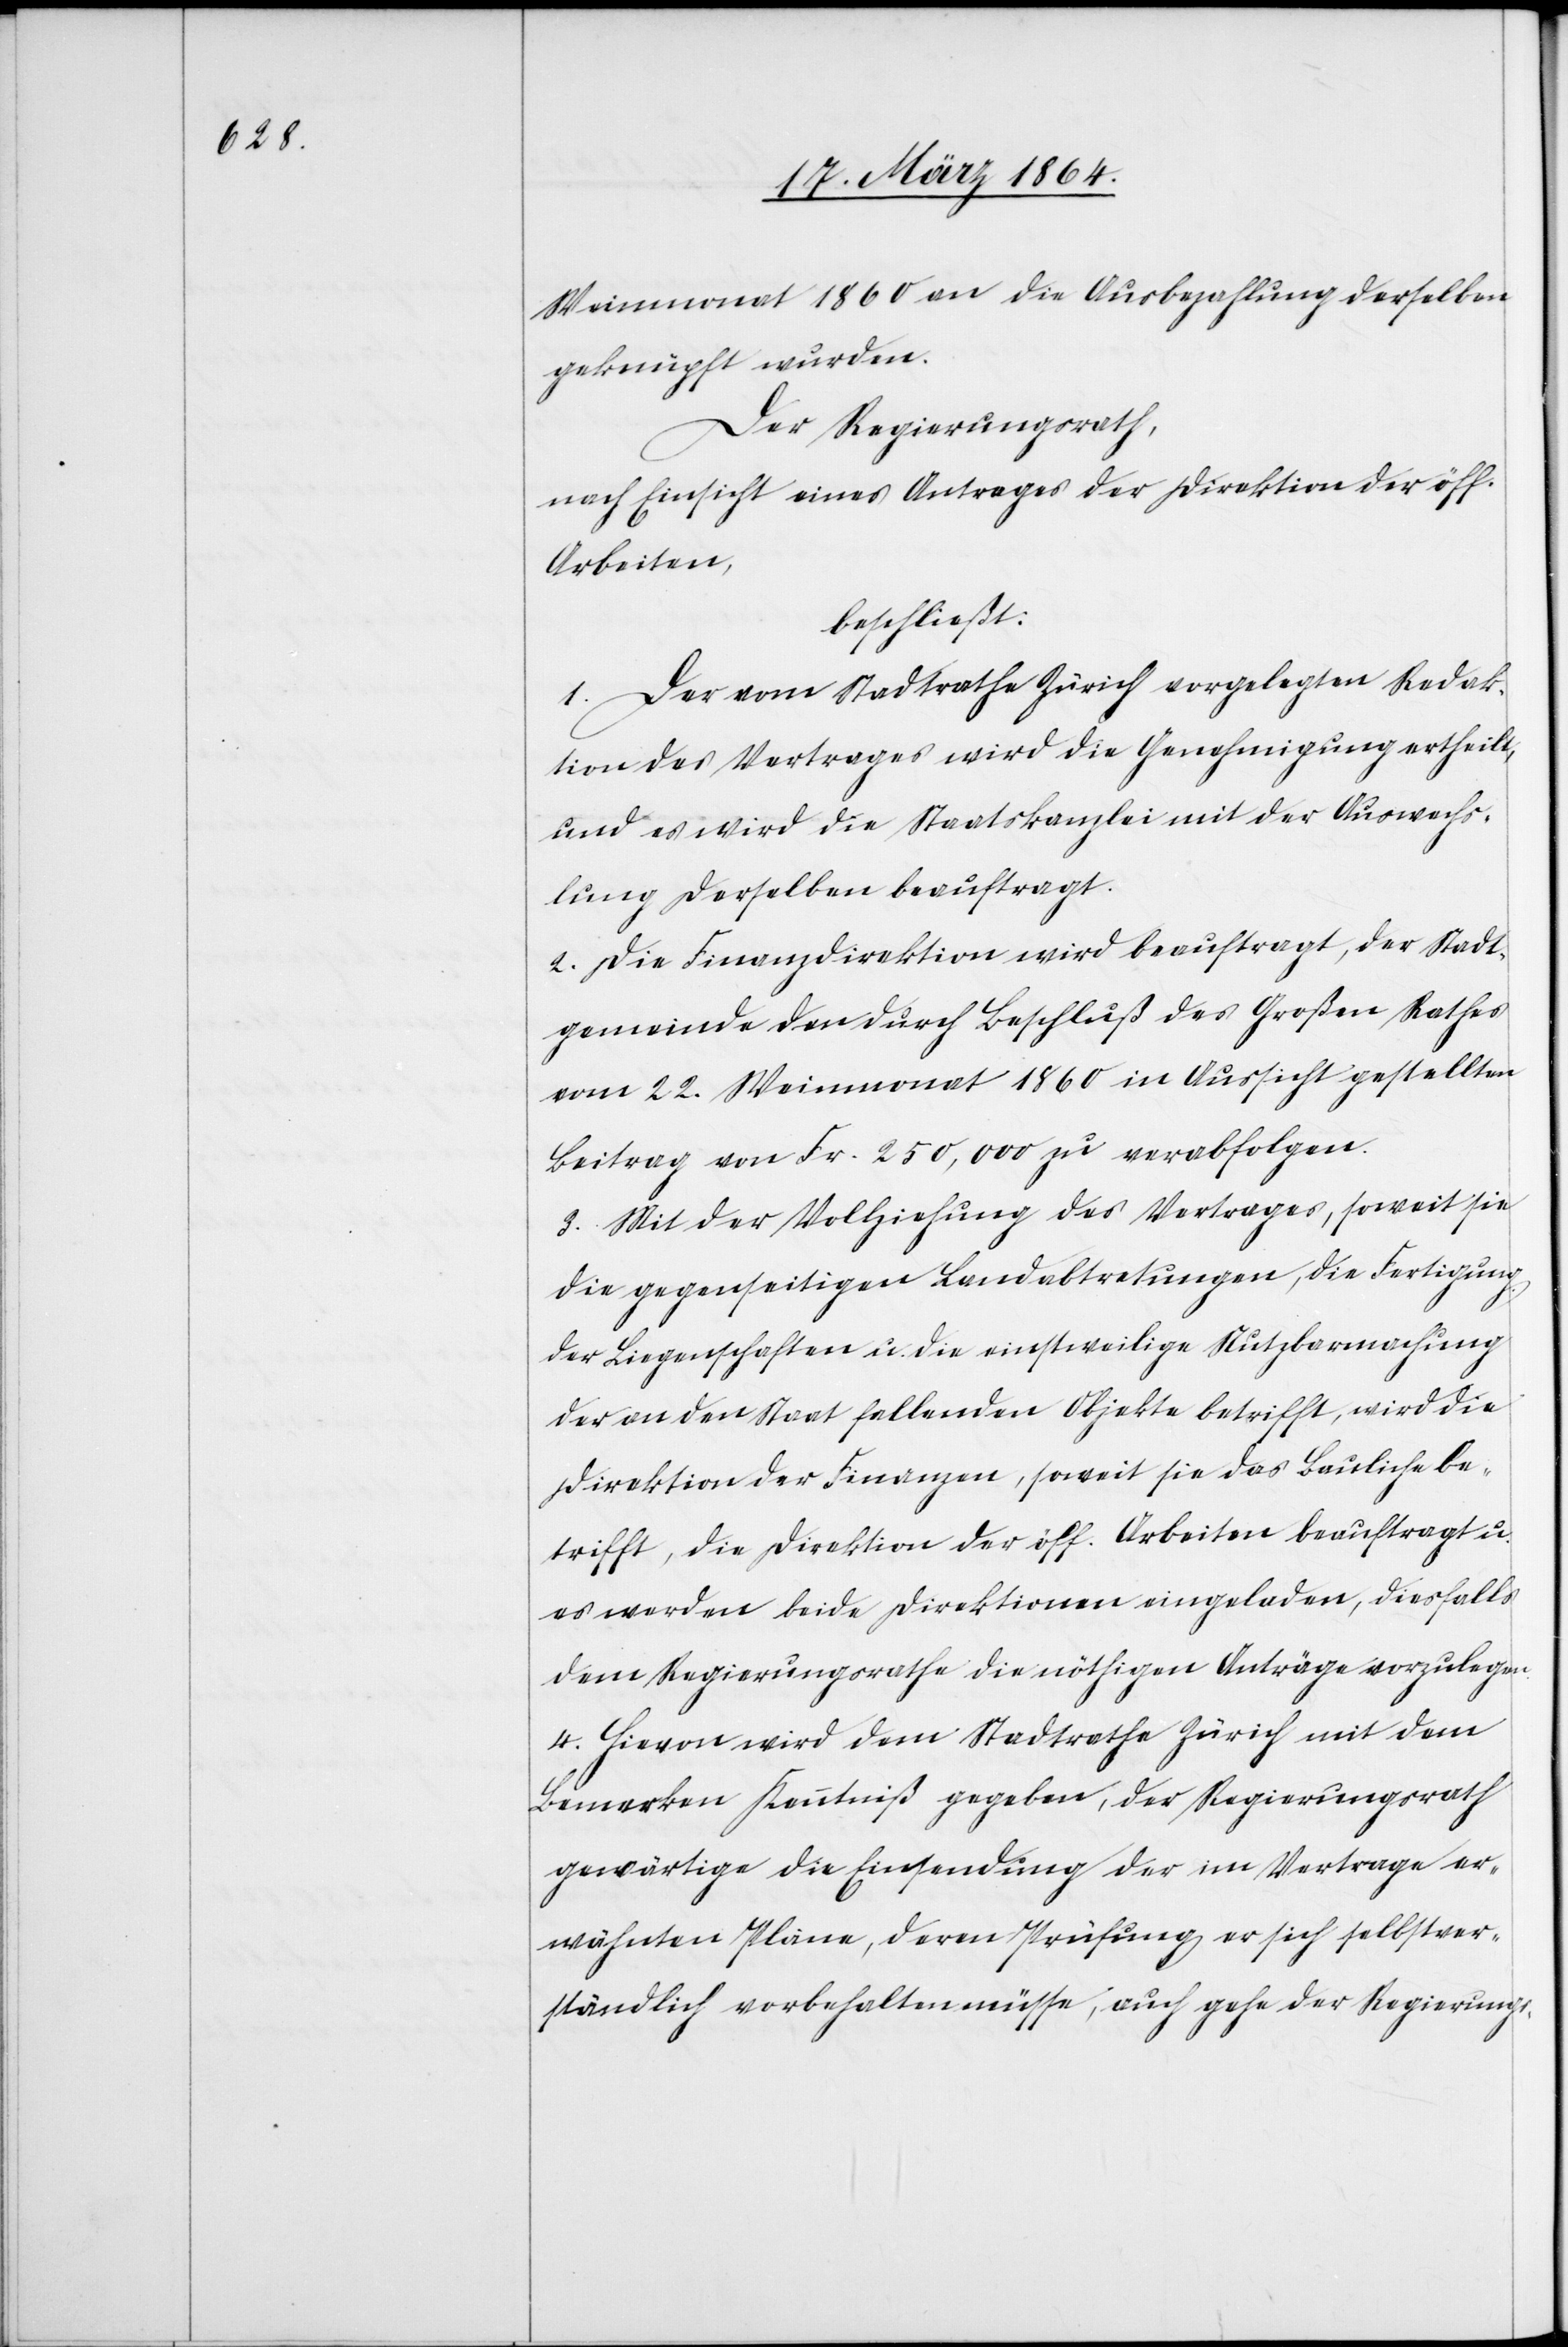
Weinmonat 1860 an die Ausbezahlung derselben
geknüpft wurden.
Der Regierungsrath,
nach Einsicht eines Antrages der Direktion der öff.
Arbeiten,
beschließt:
1. Der vom Stadtrathe Zürich vorgelegten Redak¬
tion des Vertrages wird die Genehmigung ertheilt,
und es wird die Staatskanzlei mit der Auswechs¬
lung derselben beauftragt.
2. Die Finanzdirektion wird beauftragt, der Stadt¬
gemeinde den durch Beschluß des Großen Rathes
vom 22. Weinmonat 1860 in Aussicht gestellten
Beitrag von Fr. 250,000 zu verabfolgen.
3. Mit der Vollziehung des Vertrages, soweit sie
die gegenseitigen Landabtretungen, die Fertigung
4.
der Liegenschaften u. die einstweilige Nutzbarmachung
der an den Staat fallenden Objekte betrifft, wird die
Direktion der Finanzen, soweit sie das Bauliche be¬
trifft, die Direktion der öff. Arbeiten beauftragt u.
es werden beide Direktionen eingeladen, diesfalls
dem Regierungsrathe die nöthigen Anträge vorzulegen.
Hievon wird dem Stadtrathe Zürich mit dem
Bemerken Kenntniß gegeben, der Regierungsrath
gewärtige die Einsendung der im Vertrage er¬
wähnten Pläne, deren Prüfung er sich selbstver¬
ständlich vorbehalten müsse, auch gehe der Regierungs-